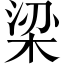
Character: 梁